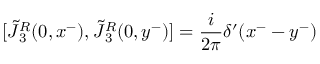
[ \tilde { J } { ^ { R } _ { 3 } } ( 0 , x ^ { - } ) , \tilde { J } { ^ { R } _ { 3 } } ( 0 , y ^ { - } ) ] = { \frac { i } { 2 \pi } } \delta ^ { \prime } ( x ^ { - } - y ^ { - } )